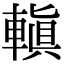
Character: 䡩